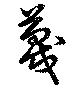
蔑